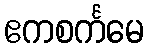
ဧကစင်္ကမေ